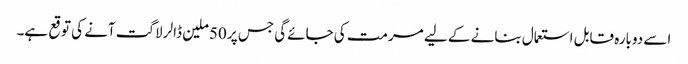
اسے دوبارہ قابل استعمال بنانے کے لیے مرمت کی جائےگی جس پر 50ملین ڈالر لاگت آنے کی توقع ہے۔